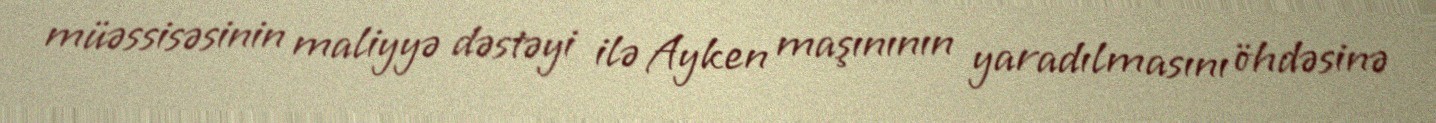
müəssisəsinin maliyyə dəstəyi ilə Ayken maşınının yaradılmasını öhdəsinə